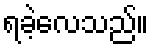
ရခဲ့လေသည်။